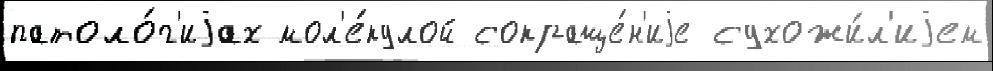
патоло́г'иjах мол'е́кулой сокраще́н'иjе сухожи́л'иjем